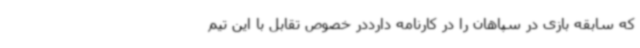
که سابقه بازی در سپاهان را در کارنامه دارددر خصوص تقابل با این تیم